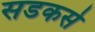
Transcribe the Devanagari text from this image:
सडकसे